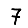
Digit: 7